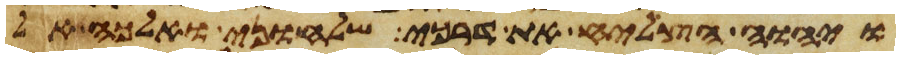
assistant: ויהוה הצליח את דרכי שלחוני ואלכה אל